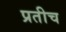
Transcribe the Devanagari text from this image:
प्रतीच